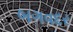
બગવદર